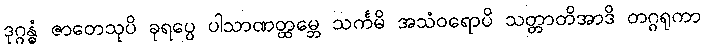
ဒုဂ္ဂန္ဓံ ဇာတေသုပိ ခုရပ္ပေ ပါသာဏတ္ထမ္ဘေ သင်္ကမိ အသံဝရောပိ သတ္တာတိအာဒိ တဂ္ဂရုကာ